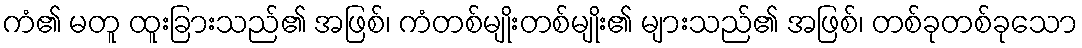
ကံ၏ မတူ ထူးခြားသည်၏ အဖြစ်၊ ကံတစ်မျိုးတစ်မျိုး၏ များသည်၏ အဖြစ်၊ တစ်ခုတစ်ခုသော